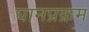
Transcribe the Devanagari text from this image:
घानप्रक्रम